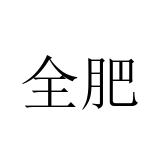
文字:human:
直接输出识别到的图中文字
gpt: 全肥